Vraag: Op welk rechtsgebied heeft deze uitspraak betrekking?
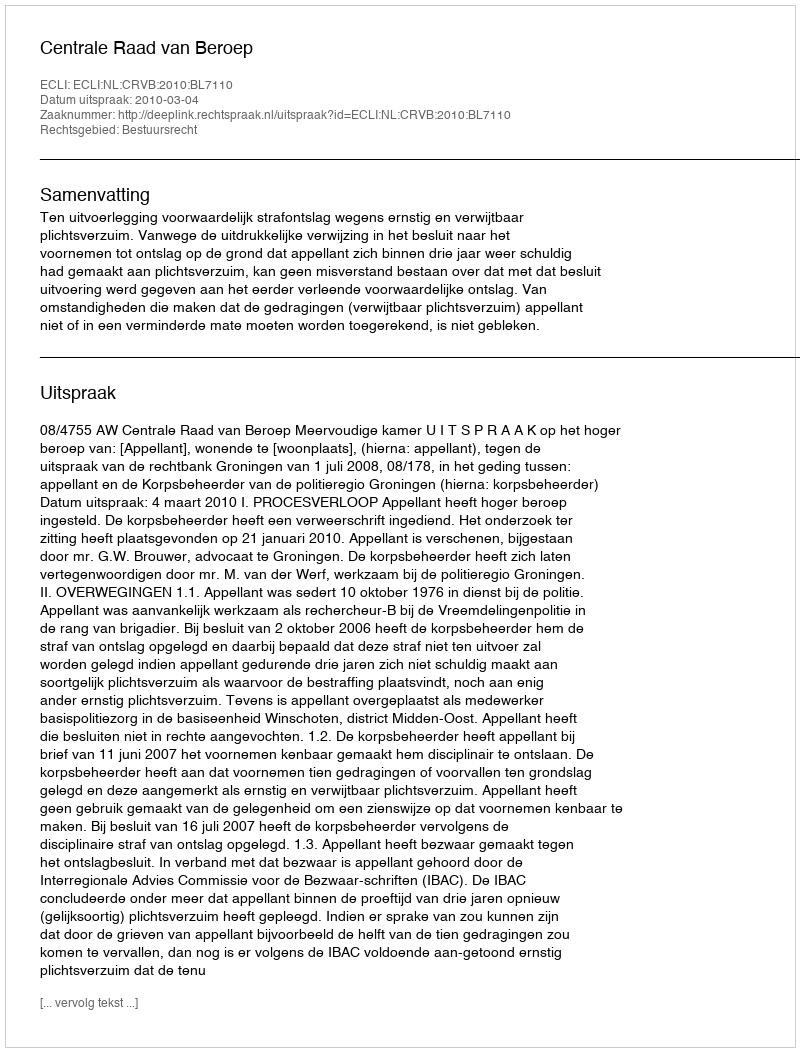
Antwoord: Bestuursrecht